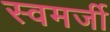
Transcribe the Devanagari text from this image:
स्वमर्जी